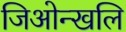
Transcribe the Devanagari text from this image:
जिओन्खलि